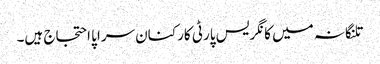
تلنگانہ میں کانگریس پارٹی کارکنان سراپا احتجاج ہیں۔